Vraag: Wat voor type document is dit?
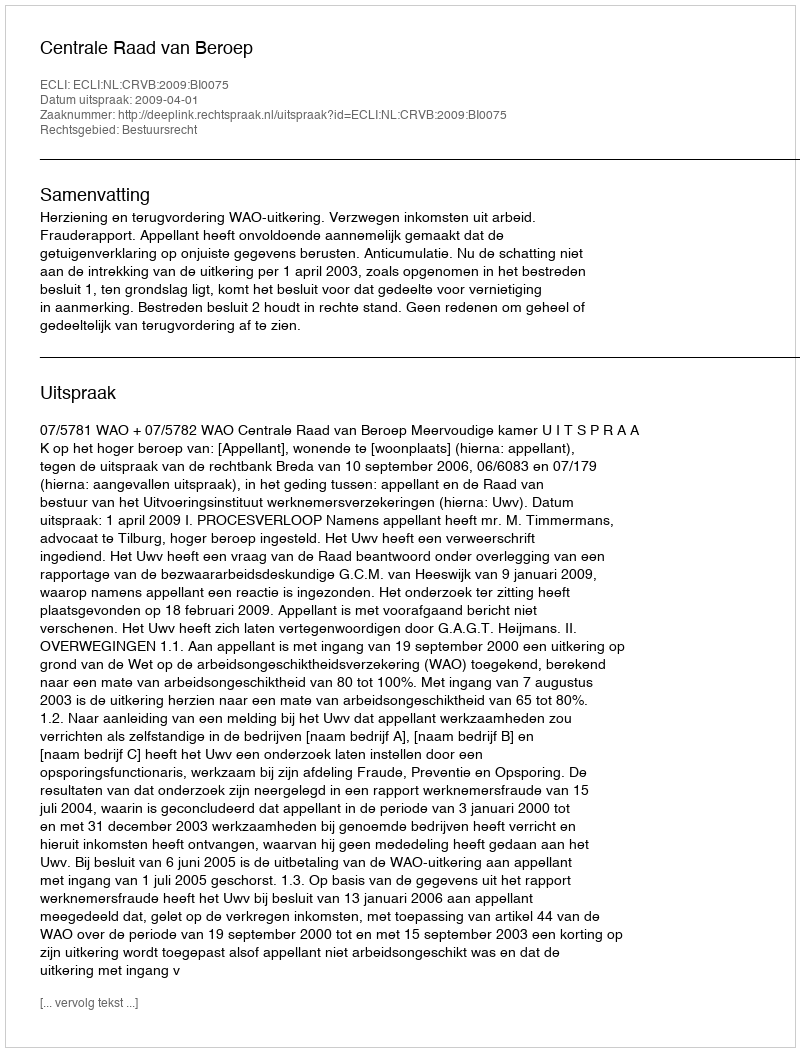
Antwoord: Uitspraak